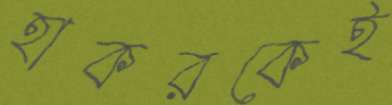
হাকরকেই